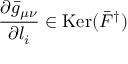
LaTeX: { \frac { \partial \bar { g } _ { \mu \nu } } { \partial l _ { i } } } \in \mathrm { K e r } ( \bar { F } ^ { \dagger } )